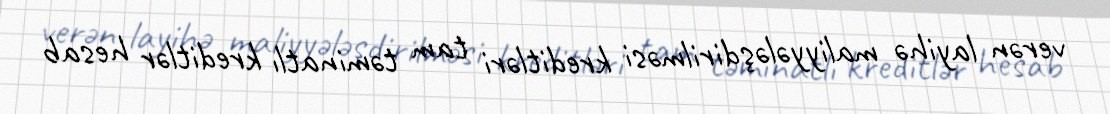
verən layihə maliyyələşdirilməsi kreditləri tam təminatlı kreditlər hesab